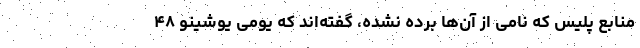
منابع پلیس که نامی از آن‌ها برده نشده، گفته‌اند که یومی یوشینو ۴۸